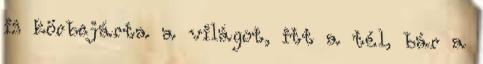
is körbejárta a világot, itt a tél, bár a